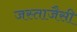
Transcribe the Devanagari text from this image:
जस्ताजैसी